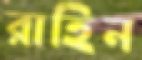
রাহিন